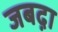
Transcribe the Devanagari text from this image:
जबद़ा